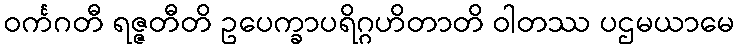
ဝင်္ကဂတီ ရဇ္ဇတီတိ ဥပေက္ခာပရိဂ္ဂဟိတာတိ ဝါတဿ ပဌမယာမေ